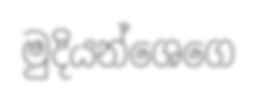
මුදියන්ශෙගෙ